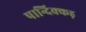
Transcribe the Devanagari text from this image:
पान्दिक्कड़